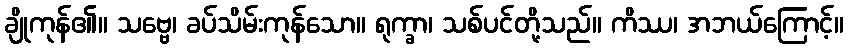
ချိုကုန်၏။ သဗ္ဗေ၊ ခပ်သိမ်းကုန်သော။ ရုက္ခာ၊ သစ်ပင်တို့သည်။ ကိဿ၊ အဘယ်ကြောင့်။